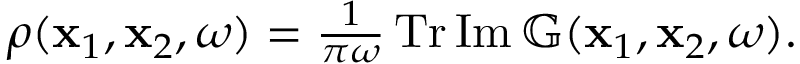
\begin{array} { r } { \rho ( \mathbf { x } _ { 1 } , \mathbf { x } _ { 2 } , \omega ) = \frac { 1 } { \pi \omega } \operatorname { T r } \operatorname { I m } \mathbb { G } ( \mathbf { x } _ { 1 } , \mathbf { x } _ { 2 } , \omega ) . } \end{array}